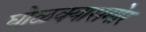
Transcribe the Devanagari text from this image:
घोळक्यासमोर